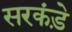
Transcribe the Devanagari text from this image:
सरकंड़े